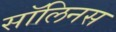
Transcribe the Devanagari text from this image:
सॉलिनस